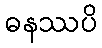
ဓနဿပိ